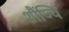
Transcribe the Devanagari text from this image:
शौंज्यि